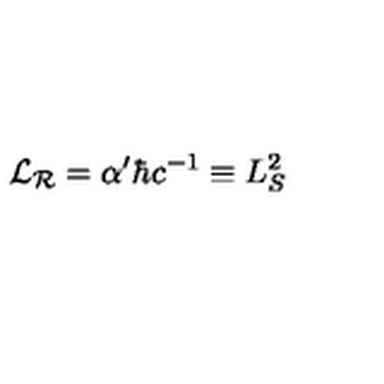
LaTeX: { \cal L } _ { \cal R } = \alpha ^ { \prime } \hbar c ^ { - 1 } \equiv L _ { S } ^ { 2 }